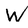
Character: W